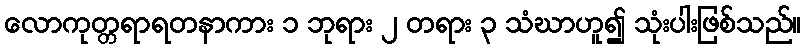
လောကုတ္တရာရတနာကား ၁ ဘုရား ၂ တရား ၃ သံဃာဟူ၍ သုံးပါးဖြစ်သည်။